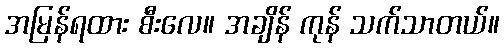
အမြန်ရထား စီးလေ။ အချိန် ကုန် သက်သာတယ်။